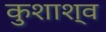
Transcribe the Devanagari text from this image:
कुशाश्व